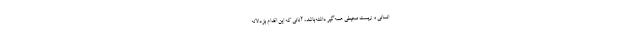
انسانی و زیست محیطی همه‌گیر داشته‌باشد، آنانی که این اقدام بزدلانه